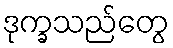
ဒုက္ခသည်တွေ